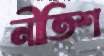
নীতিশ